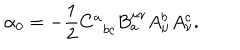
LaTeX: \alpha _ { 0 } = - \frac 1 2 C _ { \; \; b c } ^ { a } B _ { a } ^ { \mu \nu } A _ { \mu } ^ { b } A _ { \nu } ^ { c } .